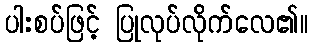
ပါးစပ်ဖြင့် ပြုလုပ်လိုက်လေ၏။